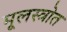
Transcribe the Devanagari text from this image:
मूलस्त्रोत